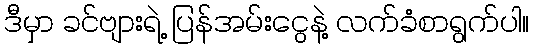
ဒီမှာ ခင်ဗျားရဲ့ ပြန်အမ်းငွေနဲ့ လက်ခံစာရွက်ပါ။